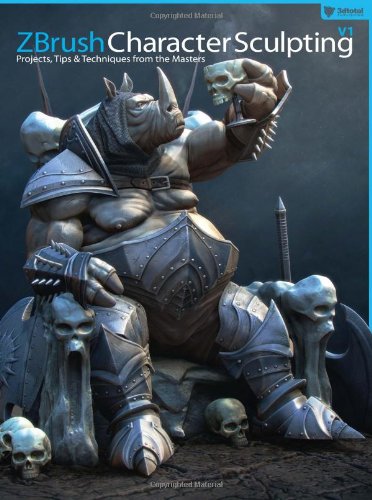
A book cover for ZBrush Character Sculpting: Volume 1; Rafael Grassetti; Arts & Photography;